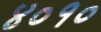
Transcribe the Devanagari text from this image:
४०१०